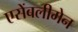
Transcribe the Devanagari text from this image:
एसेंबलीमेन